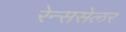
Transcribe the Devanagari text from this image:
रेन्ससेलर